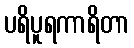
ပရိပူရကာရိတာ